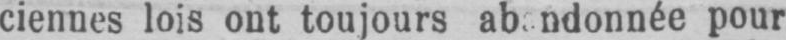
pour